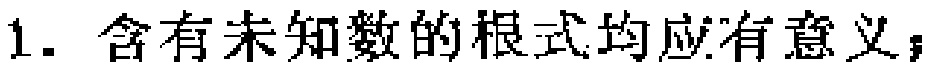
1. 含有未知数的根式均应有意义；